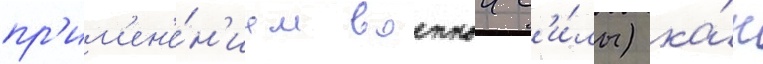
пр'им'ен'е́н'ием военнои с'и́лы) ка́к